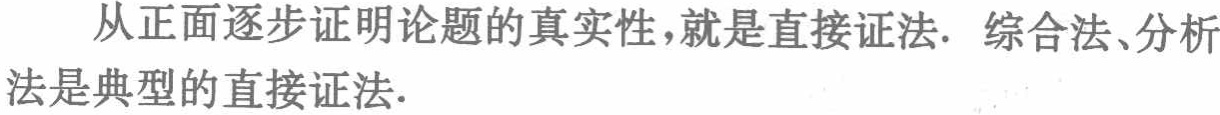
从正面逐步证明论题的真实性，就是直接证法. 综合法、分析法是典型的直接证法.